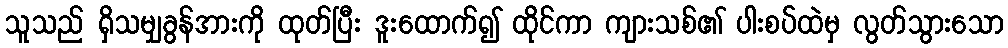
သူသည် ရှိသမျှခွန်အားကို ထုတ်ပြီး ဒူးထောက်၍ ထိုင်ကာ ကျားသစ်၏ ပါးစပ်ထဲမှ လွတ်သွားသော